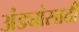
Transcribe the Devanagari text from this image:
अंड्यांसाठी